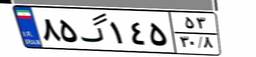
۸۵گ۱۴۵۵۳